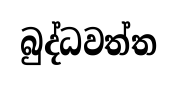
බුද්ධවත්ත